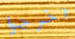
اخرجوا